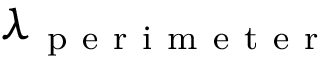
\lambda _ { \mathrm { ~ p ~ e ~ r ~ i ~ m ~ e ~ t ~ e ~ r ~ } }